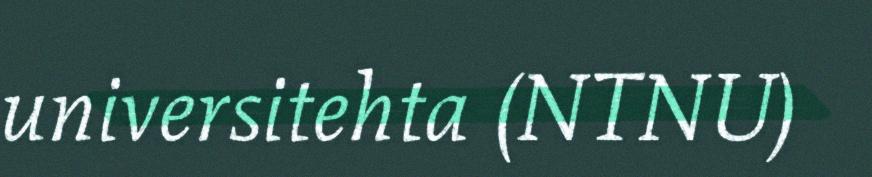
universitehta (NTNU)